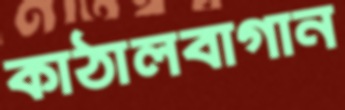
কাঠালবাগান